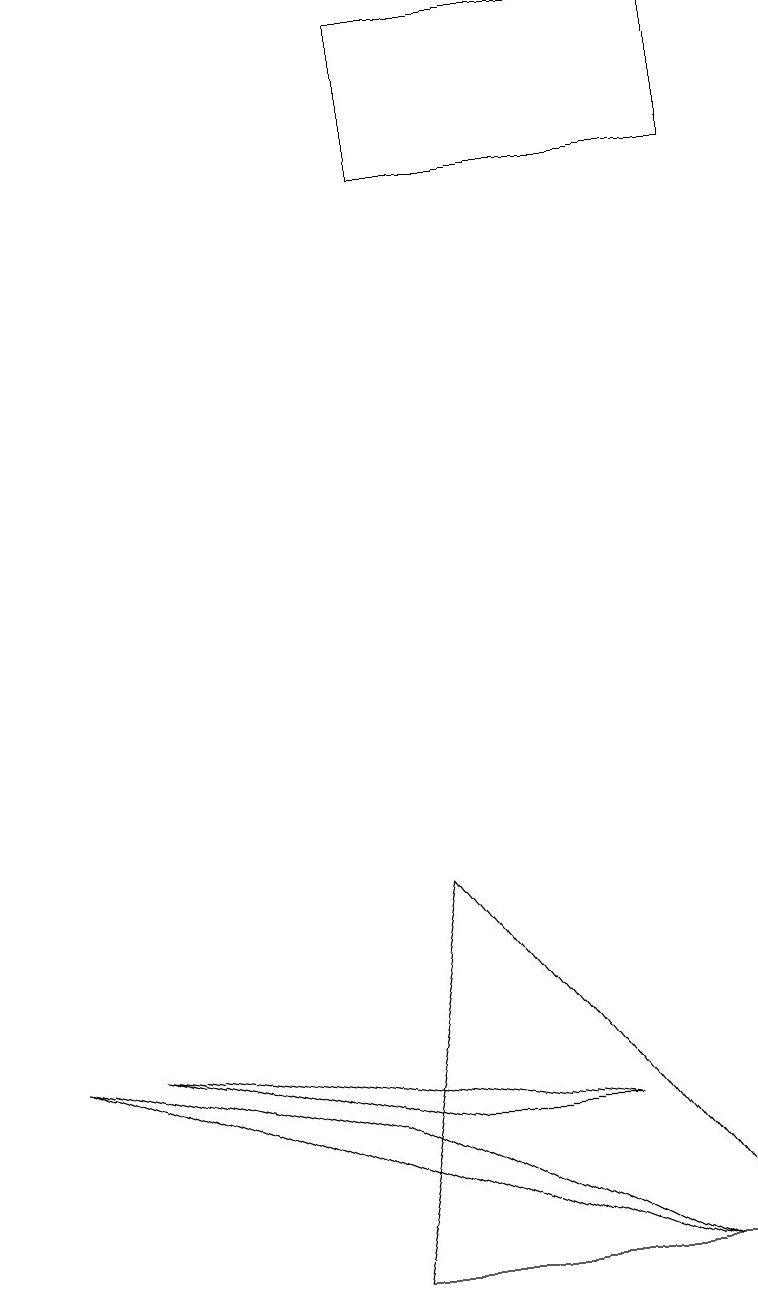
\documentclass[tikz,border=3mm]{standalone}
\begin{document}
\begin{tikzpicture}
\draw (9,15) rectangle (5,17);
\draw (5,3) -- (7,3) -- (1,4) -- cycle;
\draw (4,3) -- (8,1) -- (0,4) -- cycle;
\draw (4,1) -- (5,6) -- (9,1) -- cycle;
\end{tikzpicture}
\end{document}